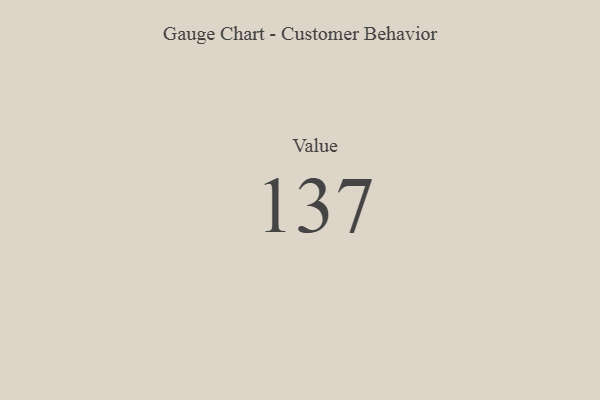
{"axis": {"x": "Metric", "y": "Value"}, "legend": [""], "data": [{"x": "Value", "y": 137, "type": ""}]}